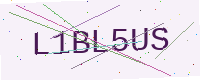
Text: L1BL5US